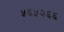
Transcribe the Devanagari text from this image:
५६५२६६